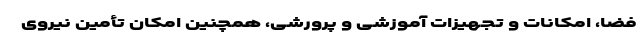
فضا، امکانات و تجهیزات آموزشی و پرورشی، همچنین امکان تأمین نیروی